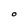
Character: O